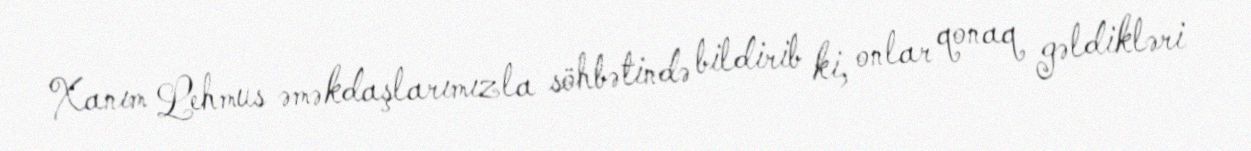
Xanım Lehmus əməkdaşlarımızla söhbətində bildirib ki, onlar qonaq gəldikləri